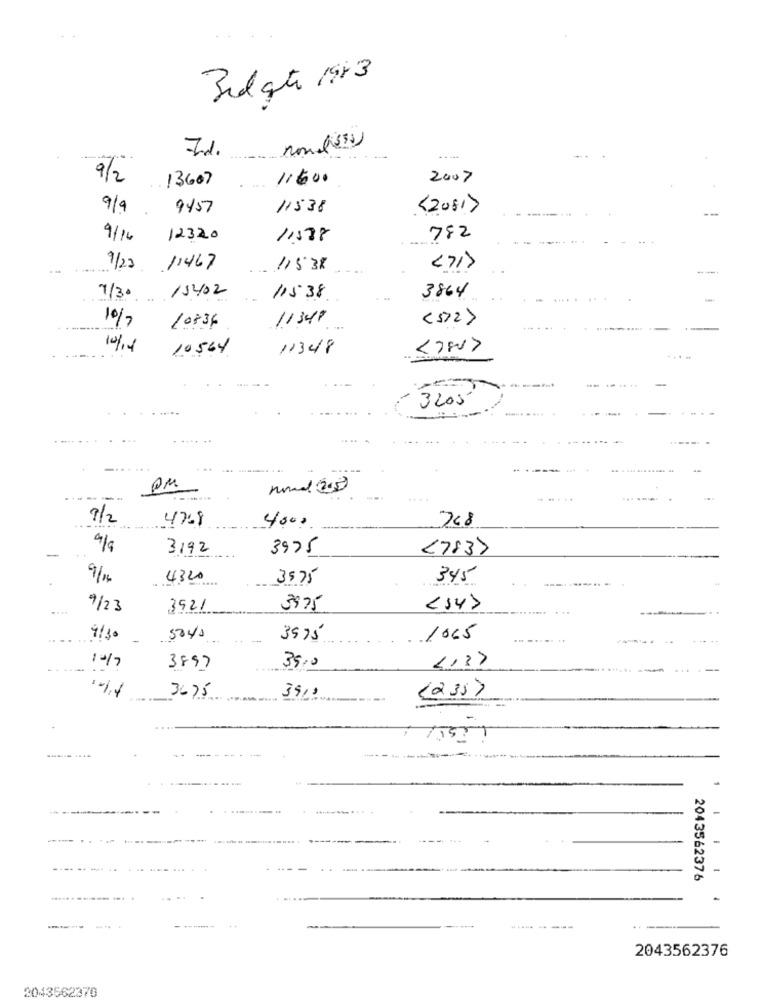
15
Biligste 1543
7d.
nonlisse
9/2
13607
11600
2007
9/9
9457
11538
<20817
9/14 12320
11588
782
9/23 11467
.. 11538
<71>
---.
7/30 15402
115:38
3864
10/7
11347
( 5727
10836
10/14
10564
11348
<7807
3200
.... ...
------
normal (2015 )
---
7/2
4769
708
4000
9/9
3192
3975
<783>
9/14
4320
3575
345
........
9/23
3521
3975
<547
9/10
5040
39 75
1065
1-17
3897
35,0
3675
3919
(2357
1
-
2043562376
2043562376
2043562370